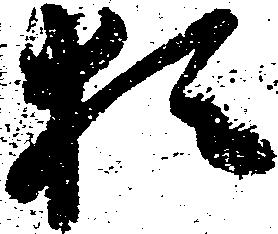
猶